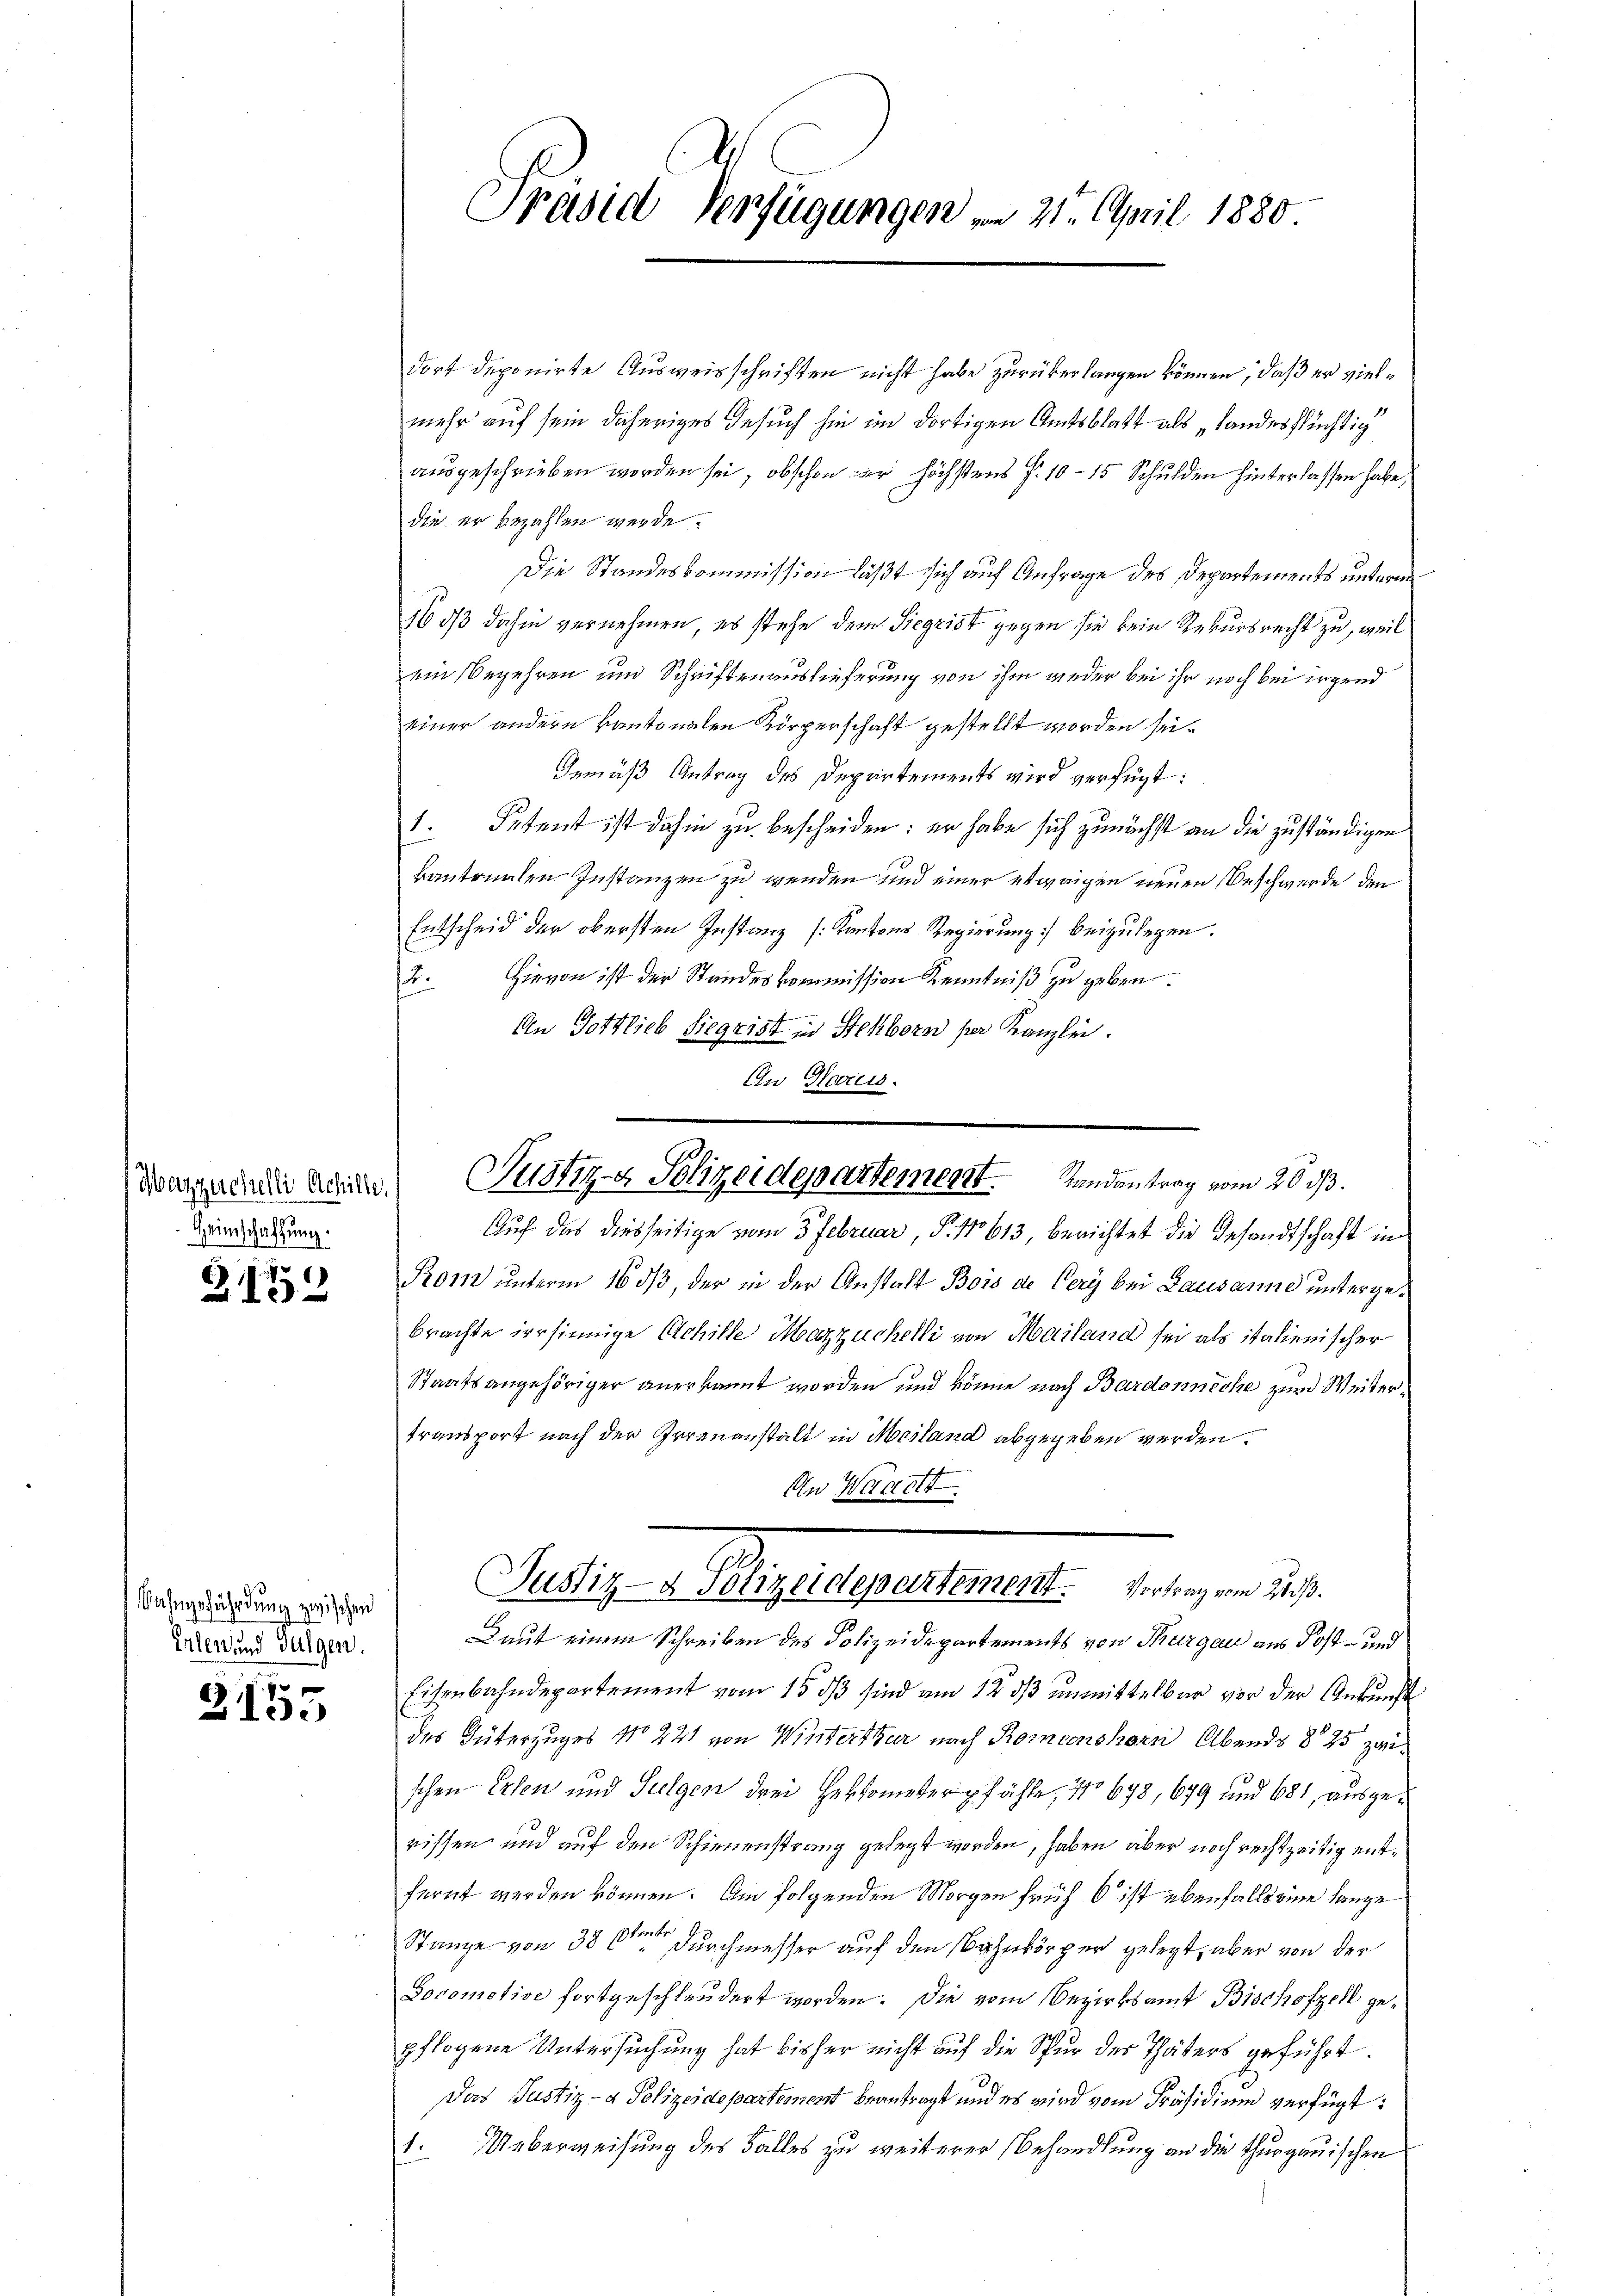
Heimschaffung.

2152

Bahngefährdung zwischen
Erlen und Fulgen.

3155

dort deponirte Ausweisschriften nicht habe zurükerlangen können, daß er vielmehr auf sein daheriges Gesuch hien im dortigen Amtsblatt als „Landesflüchtig
ausgeschrieben worden sei, obschon er höchstens §. 10 - 15 Schulden hinterlassen habe,
die er bezahlen werde.
Die Standeskommission läßt sich auf Anfrage des Departements unterm
16 dß dahin vernehmen, es stehe dem Siegrist gegen sie kein Rekursrecht zu, weil
ein Begehren und Schriftenauslieferung von ihm wieder bei ihr noch bei irgend
einer andern kantonalen Körperschaft gestellt worden sei.
Gemäß Antrag des Departements wird verfügt:
1. Petent ist dahin zu bescheiden: er habe sich zunächst an die zuständigen
kantonalen Instanzen zu werden und einer etwaigen neuen Beschwerde den
Entscheid der obersten Instanz [Kantons-Regierung] beizulegen.
2. Hievon ist der Standeskommission Kenntniß zu geben.
a
An Gottlieb Siegrist in Stehborn per Kanzlei.
In Harus.

Präsid Verfügungen in 21. April 1880

Auf das diesseitige vom 3 Februar, P. 1613, berichtet die Gesandtschaft in
Rom unterm 16 ds, der in der Anstalt Bois de Cery bei Lausanne untergebrachte irrsinnige Achille Mazzuchelli von Mailand sei als italienischer
Staatsangehöriger anerkannt worden und könne nach Bardonnecke zur Weitertransport nach der Irrenanstalt in Meiland abgegeben werden.
An Waartt
Laut einem Schreiben des Polizeidepartements von Thurgau aus Post- und
Eisenbahndepartement vom 15. ds sind am 12 ds unmittelbar vor der Ankunft
des Güterzuges No 221 von Winterthur nach Koncenshorn Abends 895 zwischen Erben und Sulgen drei Herkometerpfähle, No 678, 679 und 681, ausgerissen und auf den Schienenstrang gelegt worden, haben aber noch rechtzeitig entfernt werden können. Am folgenden Morgen früh 6 ist ebenfalls eine lange
Stanze von 38 6ten Durchmesser auf den Bahnkörper gelegt, aber von der
Boromotive fortgeschleudert worden. Die vom Bezirksamt Bischofzell gepflogene Untersuchung hat bisher nicht auf die Spur der Thäters geführt.
Das Justiz- & Polizeidepartement beantragt und es wird vom Präsidium verfügt:
1. Ueberweisung des Falles zu weiterer Behandlung an die Thurgauischen

Aargarente kann Justiz- & Polizeidepartement. Randantrag vom 20. ds.

Jully v. Bezugestament. Jennen 28.